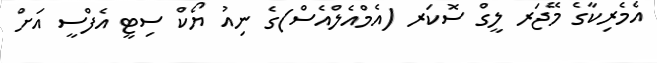
އެމެރިކާގެ މޭޖަރ ލީގް ސޮކަރ (އެމްއެލްއެސް)ގެ ނިއު ޔޯކް ސިޓީ އެފްސީ އަށް